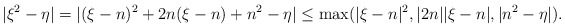
\begin{align*}|\xi^2 - \eta| = |(\xi - n)^2 + 2n(\xi - n) + n^{2} - \eta| \leq \max(|\xi - n|^2, |2n||\xi -n|, |n^2 - \eta|). \end{align*}